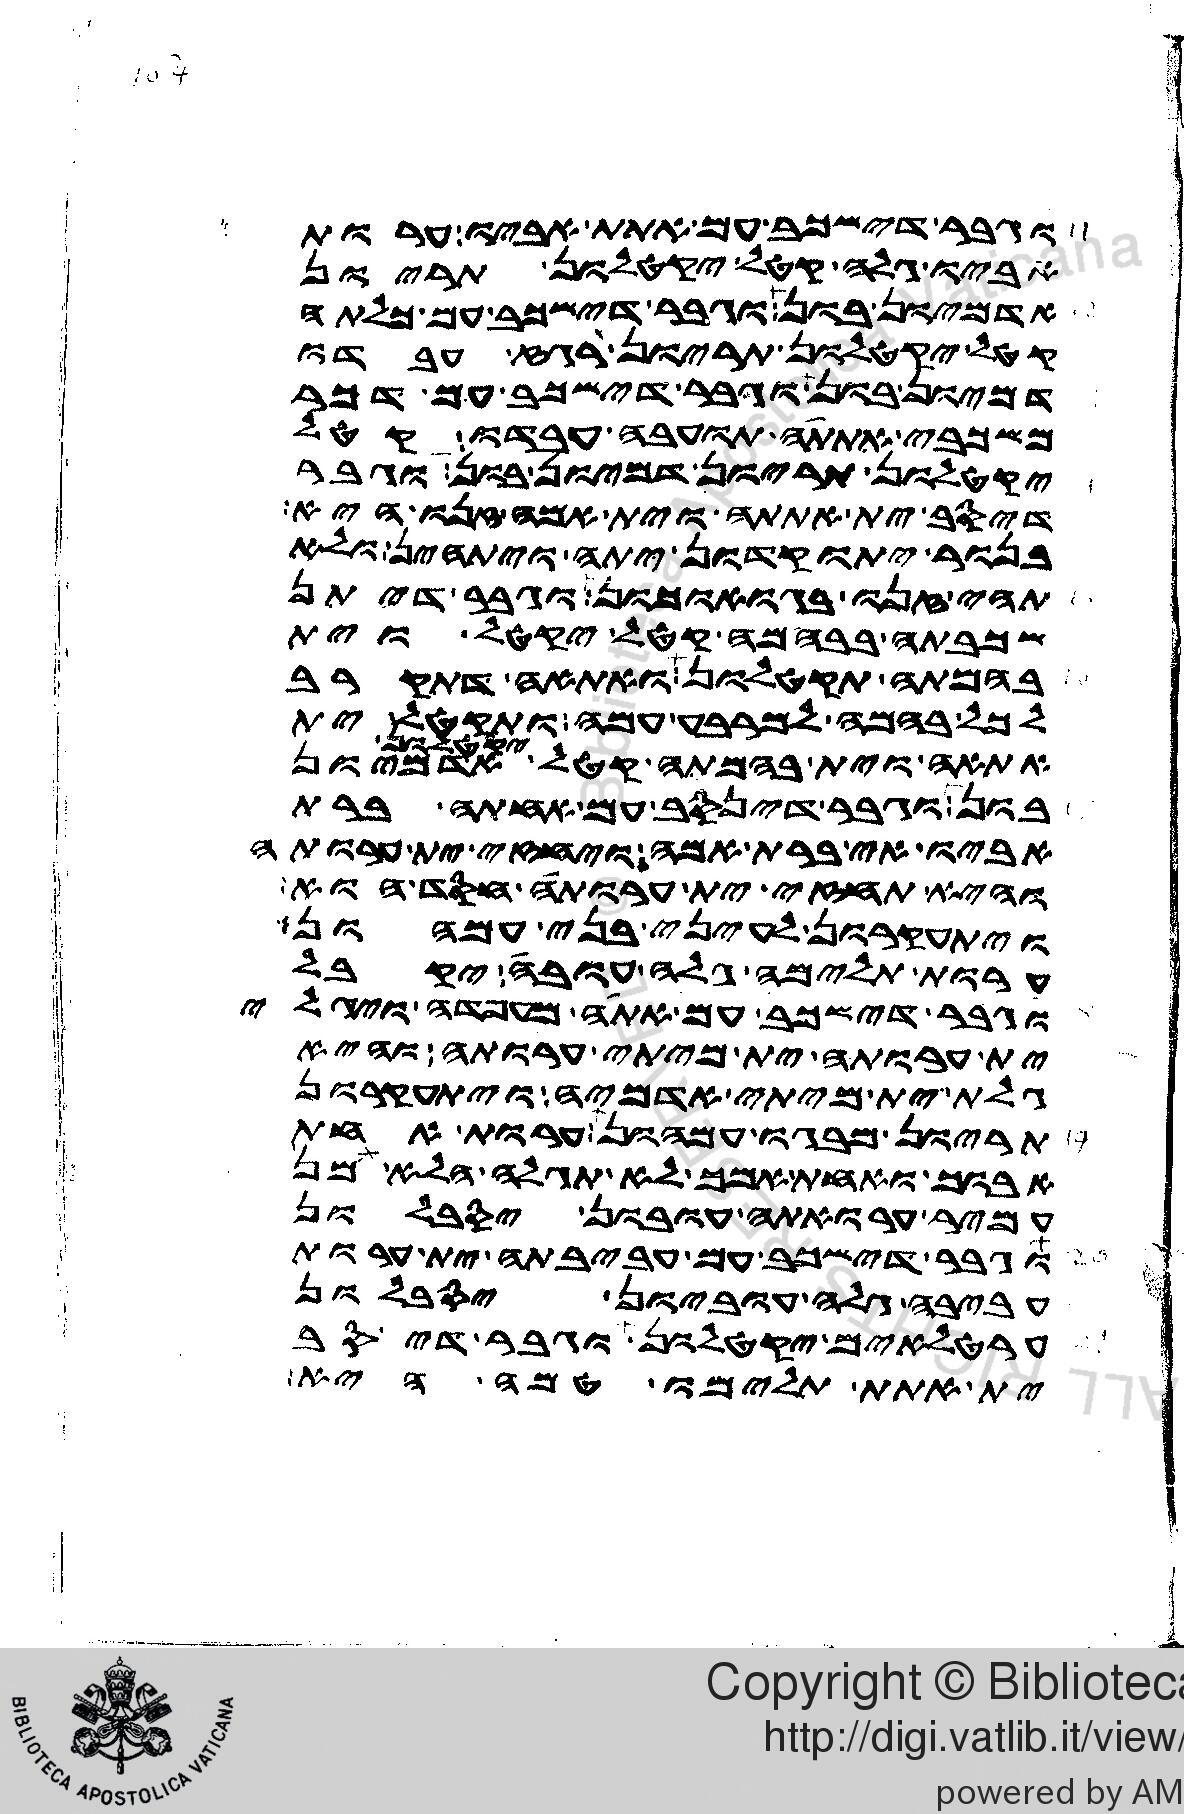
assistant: וגבר דישכב עם אתת אביו ערות
אביו גלה קטל יקטלון תריון
אדמיון בון וגבר דישכב עם כלתה
קטל יקטלון תריון רגז עבדו
דמיון בון וגבר דישכב עם דכר
משכבי אתתה תועבה עבדו קטל
יקטלון תריון דמיון בון וגבר
דיסב ית אתתה וית אמה זנו היא
בנור יתוקדון יתה ויתהין ולא
תהי זנו בגואוכון וגבר דיתן
שכבתה בבהמה קטל יקטל וית
בהמתה תקטלון ואתאה דתקרב
לכל בהמה למרבע עמה ותקטל ית
אתאה וית בהמתה קטל יקטלון
בון וגבר דינסב ית אחתה ברת
אביו אי ברת אמה ויחזי ית ערותה
והיא תחזי ית ערותה חסד הוא
ויתעקרון לעיני בני עמהון
ערות תלימה גלה עובה יקבל
וגבר דישכב עם אתה מעפדה ויגלי
ית ערותה ית מיתי ערותה והיא
גלת ית מיתי אדמיה ויתעקרון
תריון מבגו עמהון ערות אחת
אבוך ואחת אמך לא תגלה הלא מן
עמיר ערואתה עובון יסבלון
וגבר דישכב עם עביבתה ית ערות
עביבה גלה עוביון יסבלון
ערטלאים יקטלון וגבר דיסב
ית אתת תלימו טמה היא